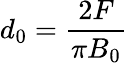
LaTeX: d_{0}=\frac{2F}{\pi B_{0}}